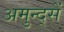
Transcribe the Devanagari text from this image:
अमुन्द्सें